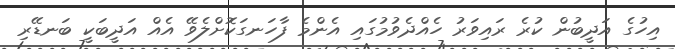
އިހުގެ އަދީބުން ކުރެ ރައިވަރު ހެއްދެވުމުގައި އެންމެ ފާހަނގަކޮށްލެވޭ އެއް އަދީބަކީ ބަނޑޭރި